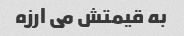
به قیمتش می ارزه